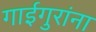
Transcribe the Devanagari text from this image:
गाईगुरांना